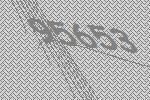
95653